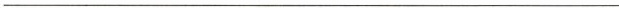
___